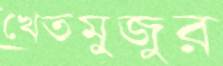
খেতমুজুর